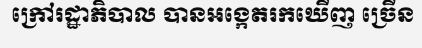
ក្រៅរដ្ឋាភិបាល បានអង្កេតរកឃើញ ច្រើន